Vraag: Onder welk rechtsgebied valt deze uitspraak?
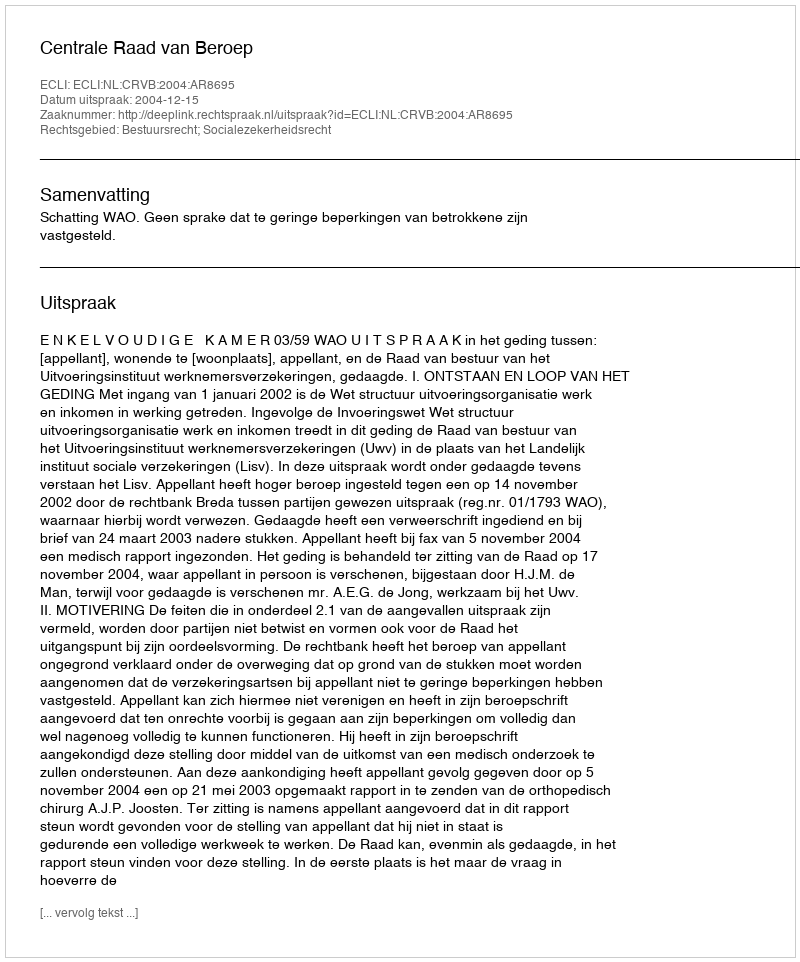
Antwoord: Bestuursrecht; Socialezekerheidsrecht